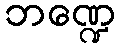
ဘဏ္ဍေ